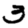
Digit: 3